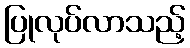
ပြုလုပ်လာသည့်